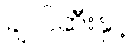
ချဲလ်ဆီးနှင့်